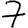
Digit: 7